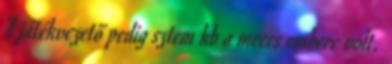
A játékvezető pedig sztem kb a meccs embere volt.